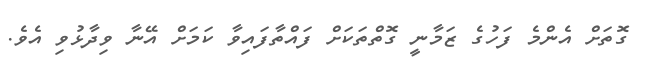
ގޮތަށް އެންމެ ފަހުގެ ޒަމާނީ ގޮތްތަކަށް ފައްތާފައިވާ ކަމަށް އޭނާ ވިދާޅުވި އެވެ.